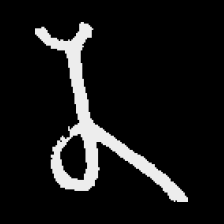
Pyu character \u2014 Myanmar letter: န (romanized: na)